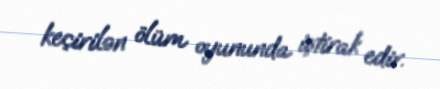
keçirilən ölüm oyununda iştirak edir.